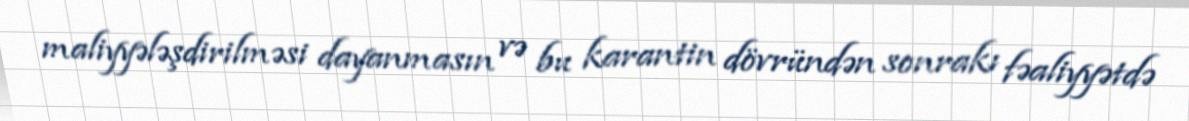
maliyyələşdirilməsi dayanmasın və bu karantin dövründən sonrakı fəaliyyətdə